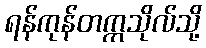
ရန်ကုန်တက္ကသိုလ်သို့